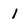
Character: 1